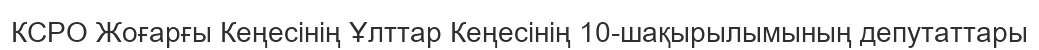
КСРО Жоғарғы Кеңесінің Ұлттар Кеңесінің 10-шақырылымының депутаттары